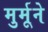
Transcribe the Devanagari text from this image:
मुर्मूने